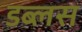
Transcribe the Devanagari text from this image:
डब्लस